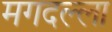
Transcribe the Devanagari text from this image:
मगदल्ला